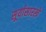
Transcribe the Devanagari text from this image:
सूर्यासारखे